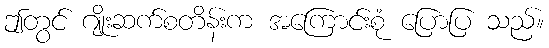
ဤတွင် ဂျိုးဆက်စတိန်းက အကြောင်းစုံ ပြောပြ သည်။